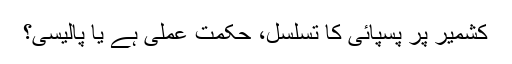
کشمیر پر پسپائی کا تسلسل، حکمت عملی ہے یا پالیسی؟